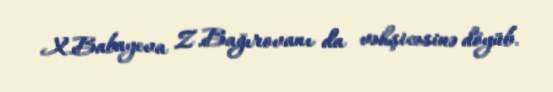
X.Babayeva Z.Bağırovanı da vəhşicəsinə döyüb.